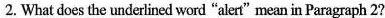
2. What does the underlined word "alert"mean in Paragraph 2?